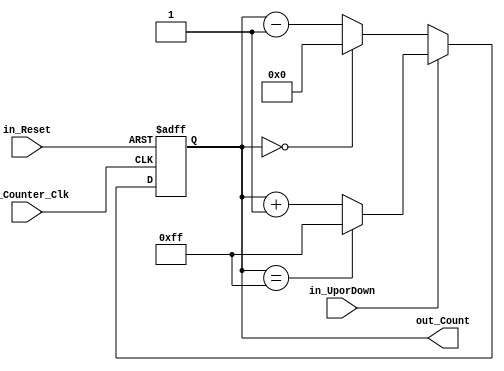
module glenn_updownCounter(
    input in_Counter_Clk,
    input in_Reset,
    input in_UporDown,  //high for UP counter and low for Down counter
    output reg [7:0] out_Count
    );     
    
    always @(posedge(in_Counter_Clk) or posedge(in_Reset))
     begin
        if(in_Reset == 1) 
            out_Count = 0;
        else
		  begin
            if(in_UporDown == 1)   //Up mode selected
                if(out_Count == 255)
                out_Count <= 255;
                else
                 out_Count <= out_Count + 1; //Incremend Counter
            else  //Down mode selected
                if(out_Count == 0)
                out_Count <= 0;
                else
                out_Count <= out_Count - 1; //Decrement counter					
		  end
     end    
    
endmodule